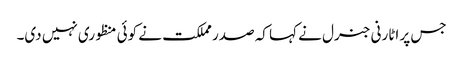
جس پر اٹارنی جنرل نے کہا کہ صدر مملکت نے کوئی منظوری نہیں دی۔